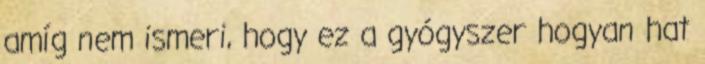
amíg nem ismeri, hogy ez a gyógyszer hogyan hat